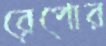
রেপোর